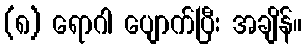
(၈) ရောဂါ ပျောက်ပြီး အချိန်။